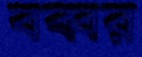
বব্বর